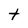
Character: t